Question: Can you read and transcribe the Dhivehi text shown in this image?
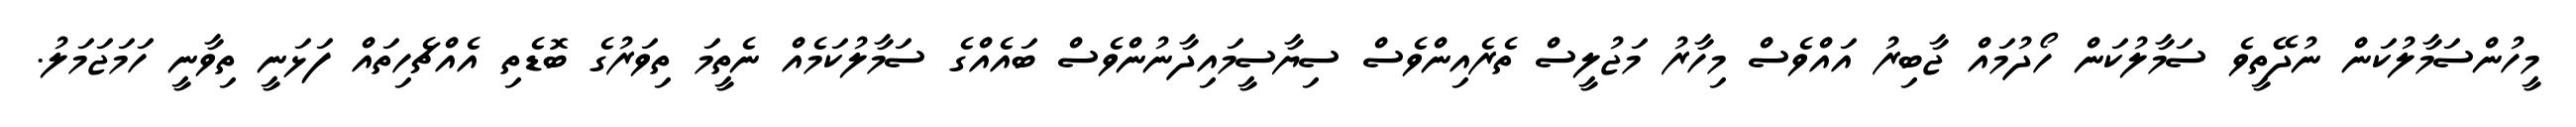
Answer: މީހުންސަމާލުކަން ނުދޭތީވެ ސަމާލުކަން ހޯދުމައް ޖާބިރު އައްވެސް މިހާރު މަޖުލީސް ތެރެއިންވެސް ސިޔާސީމައިދާނުންވެސް ބައެއްގެ ސަމާލުކަމެއް ނެތީމަ ތިވަރުގެ ބޮޑެތި އެއްޗެހިތައް ފަޅަނީ ތިވާނީ ހަމަޖަމަލު.